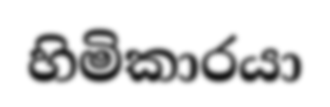
හිමිකාරයා